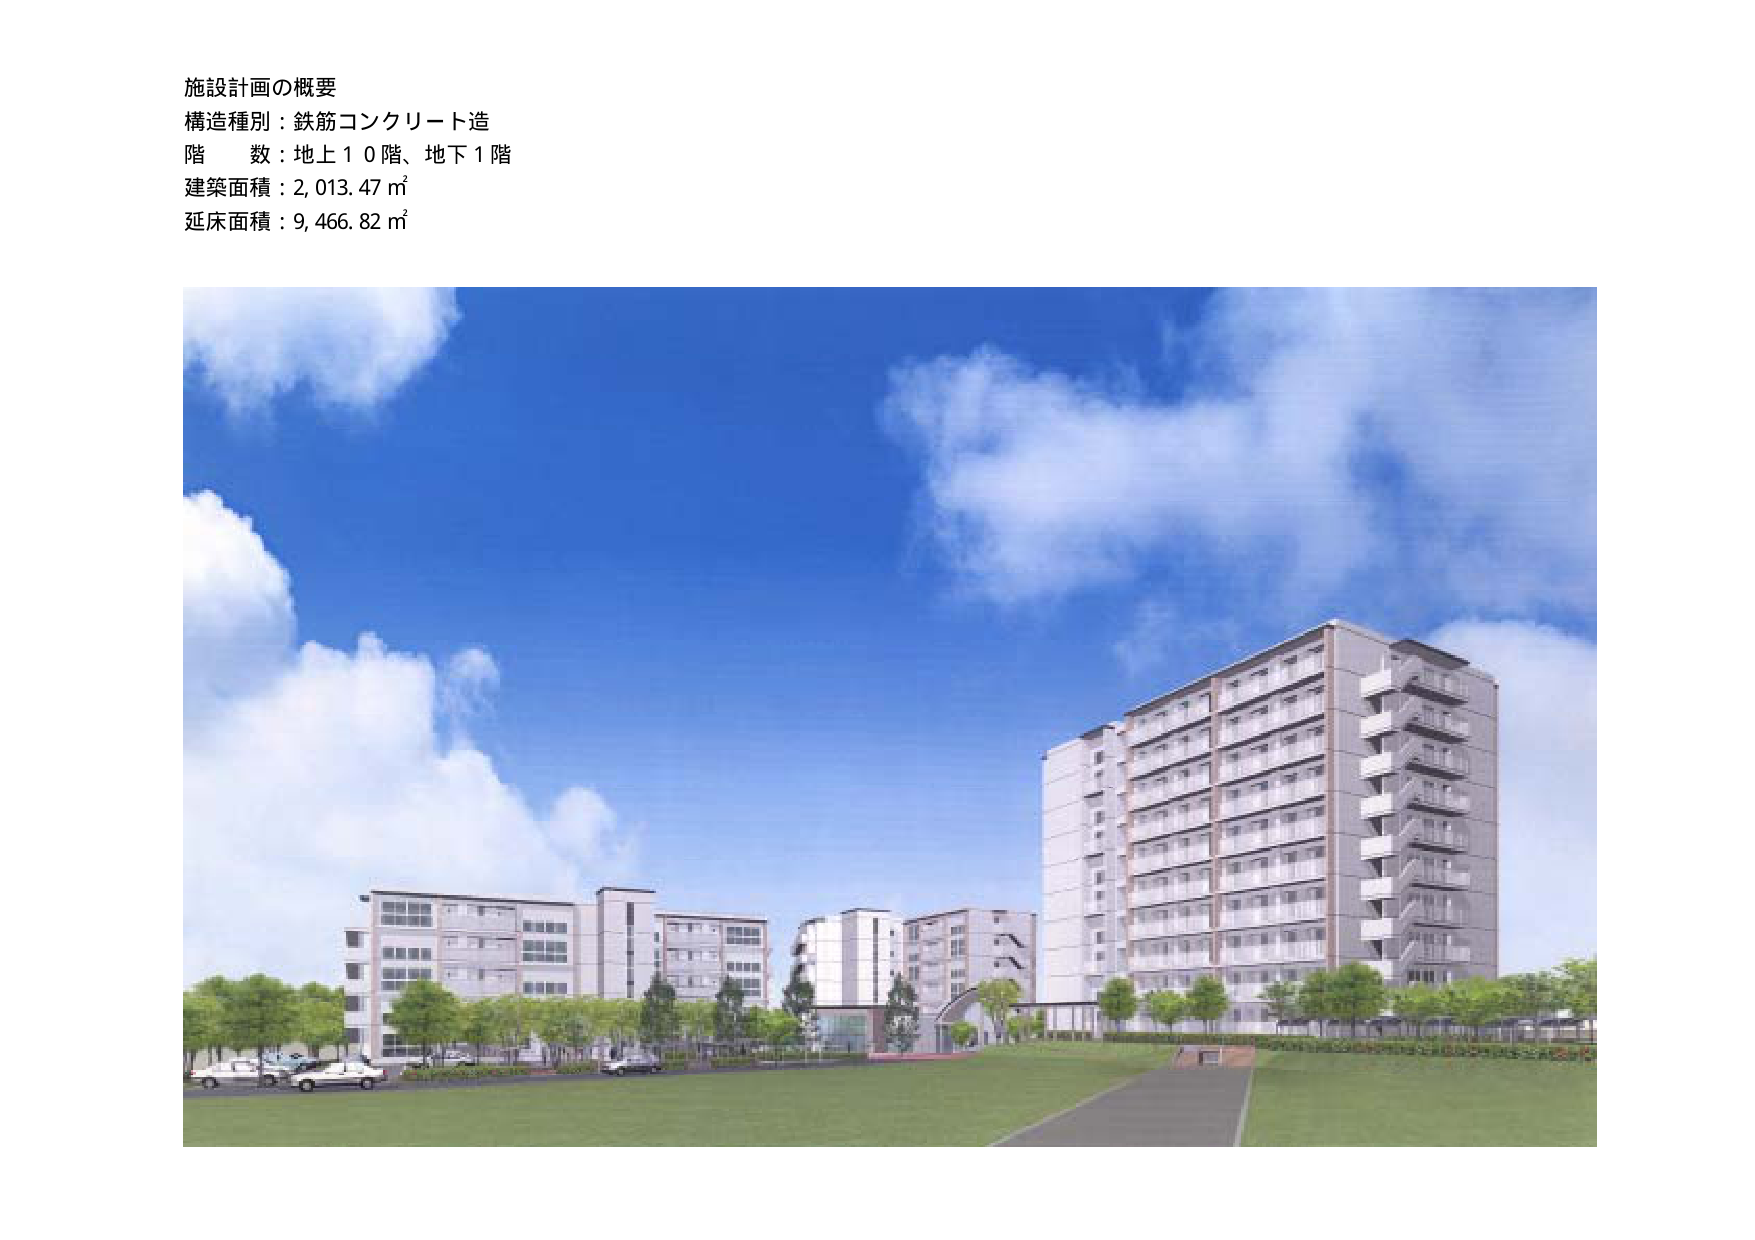
施設計画の概要
構造種別：鉄筋コンクリート造
階　数：地上１０階、地下１階
建築面積：2,013.47 ㎡
延床面積：9,466.82 ㎡